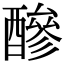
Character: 醦